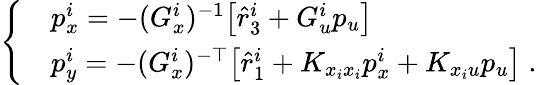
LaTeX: \left\{ \begin{array}{rl}&{p_{x}^{i}=-(G_{x}^{i})^{-1}\big[\hat{r}_{3}^{i}+G_{u}^{i}p_{u}\big]}\\ &{p_{y}^{i}=-(G_{x}^{i})^{-\top}\big[\hat{r}_{1}^{i}+K_{x_{i}x_{i}}p_{x}^{i}+K_{x_{i}u}p_{u}\big]\; .}\end{array}\right.